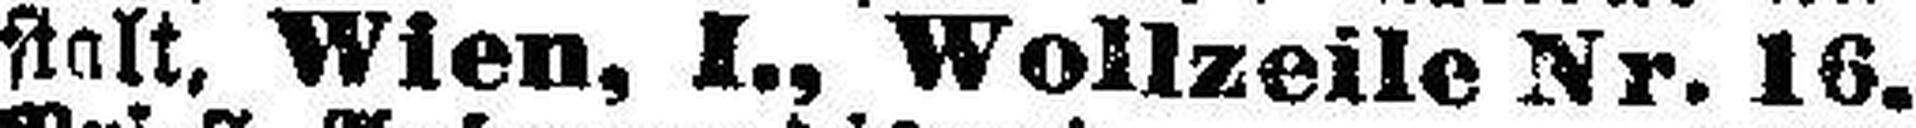
stalt, Wien, I., Wollzeile Nr. 16.